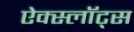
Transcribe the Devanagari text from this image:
ऐक्स्लॉट्स